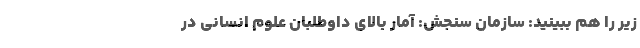
زیر را هم ببینید: سازمان سنجش: آمار بالای داوطلبان علوم انسانی در